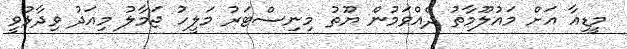
މީޑިއާ އަށް މައުލޫމާތު ދެއްވަމުން ޔޫތު މިނިސްޓަރު މަލީހު ޖަމާލު މިއަދު ވިދާޅުވީ